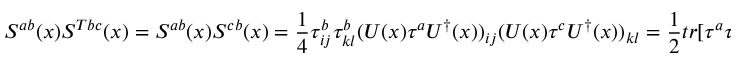
S ^ { a b } ( x ) S ^ { T b c } ( x ) = S ^ { a b } ( x ) S ^ { c b } ( x ) = \frac { 1 } { 4 } \tau _ { i j } ^ { b } \tau _ { k l } ^ { b } ( U ( x ) \tau ^ { a } U ^ { \dagger } ( x ) ) _ { i j } ( U ( x ) \tau ^ { c } U ^ { \dagger } ( x ) ) _ { k l } = \frac { 1 } { 2 } t r [ \tau ^ { a } \tau ^ { c } ] = \delta ^ { a c }